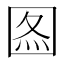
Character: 𡇫